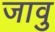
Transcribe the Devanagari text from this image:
जावु